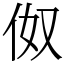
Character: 伮